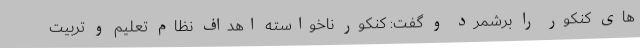
های کنکور را برشمرد و گفت: کنکور ناخواسته اهداف نظام تعلیم و تربیت